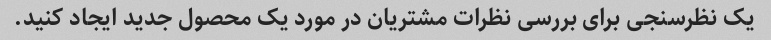
یک نظرسنجی برای بررسی نظرات مشتریان در مورد یک محصول جدید ایجاد کنید.